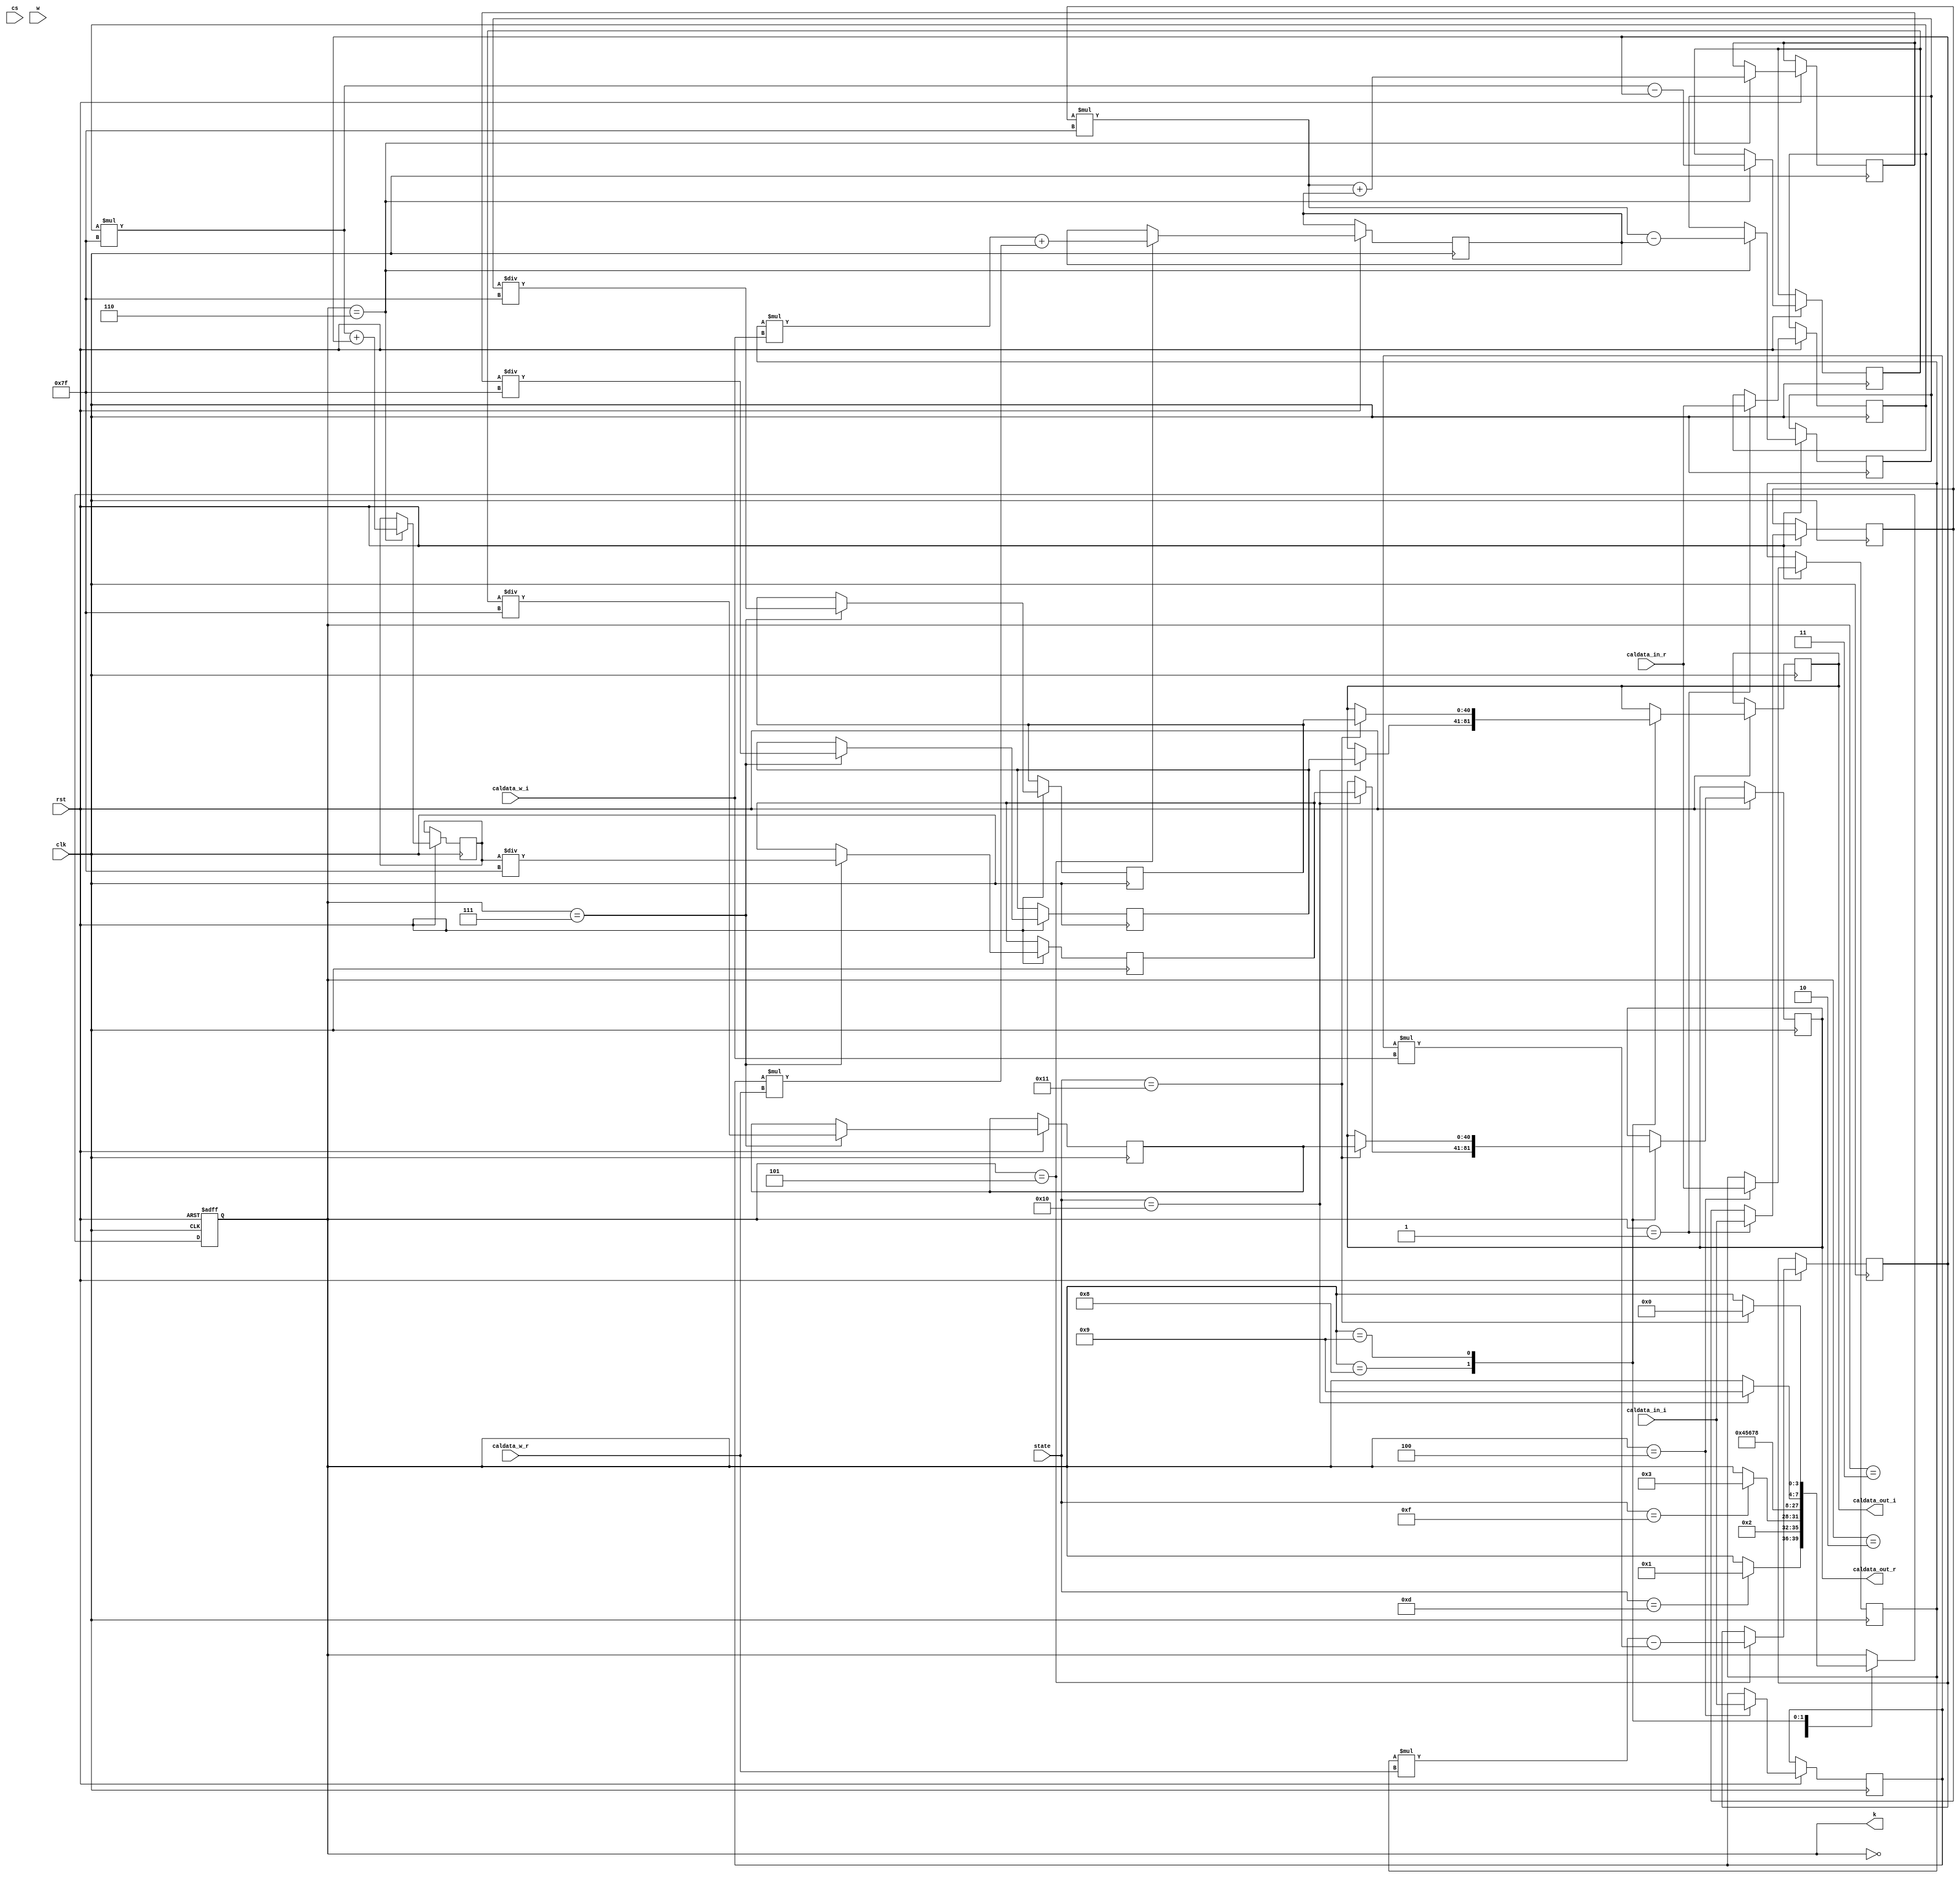
module butterfly(
clk,
rst,
k,
cs,
w,
state,
caldata_in_r,
caldata_w_r,
caldata_in_i,
caldata_w_i,
caldata_out_r,
caldata_out_i,
  );
input cs,clk,w,rst;
input [4:0]state;
input [40:0]caldata_in_r;
input [7:0]caldata_w_r;
input [40:0]caldata_in_i;
input [7:0]caldata_w_i;     
output [40:0]caldata_out_r;
output [40:0]caldata_out_i;
output [3:0]k;

wire signed [7:0]caldata_w_r;         
wire signed [7:0]caldata_w_i;
reg signed [40:0]caldata_insm_r;       
reg signed [40:0]caldata_insm_i;      
reg signed [40:0]caldata_out_r;
reg signed [40:0]caldata_out_i;
reg signed [40:0]caldata_inbi_r;      
reg signed [40:0]caldata_inbi_i;      
reg signed [40:0]cal_r;
reg signed [40:0]cal_i;
reg signed [40:0]pro_caldata_outsm_r;
reg signed [40:0]pro_caldata_outsm_i;
reg signed [40:0]pro_caldata_outbi_r;
reg signed [40:0]pro_caldata_outbi_i;
reg signed [40:0]caldata_outsm_r;
reg signed [40:0]caldata_outsm_i;
reg signed [40:0]caldata_outbi_r;
reg signed [40:0]caldata_outbi_i;
reg [3:0]k;

always@(posedge clk,negedge rst)
  if(!rst)begin
    k<=0;
  end
  else begin
    case(k)
      0:if(state==13)
        k<=1;
      1:begin
        caldata_insm_r<=caldata_in_r;
        caldata_insm_i<=caldata_in_i;
        k<=2;
      end
      2:begin
        if(state==15) 
          k<=3;
      end 
      3:
        k<=4;
      4:begin
        caldata_inbi_r<=caldata_in_r;
        caldata_inbi_i<=caldata_in_i;
        k<=5;
      end
      5:begin
        cal_r<=caldata_inbi_r*caldata_w_r-caldata_inbi_i*caldata_w_i;
        cal_i<=caldata_inbi_r*caldata_w_i+caldata_inbi_i*caldata_w_r;
        k<=6;
      end
      6:begin
        pro_caldata_outsm_r<=caldata_insm_r*127+cal_r;
        pro_caldata_outsm_i<=caldata_insm_i*127+cal_i;
        pro_caldata_outbi_r<=caldata_insm_r*127-cal_r;
        pro_caldata_outbi_i<=caldata_insm_i*127-cal_i;
        k<=7;
      end                     
      7:begin
        caldata_outsm_r<=pro_caldata_outsm_r/127;
        caldata_outsm_i<=pro_caldata_outsm_i/127;
        caldata_outbi_r<=pro_caldata_outbi_r/127;
        caldata_outbi_i<=pro_caldata_outbi_i/127;
        k<=8;
      end                     
      8:begin
        if(state==16)begin
          caldata_out_r<=caldata_outsm_r;
          caldata_out_i<=caldata_outsm_i;
          k<=9;
        end
      end
      9:begin
        if(state==17)begin
          caldata_out_r<=caldata_outbi_r; 
          caldata_out_i<=caldata_outbi_i; 
          k<=0;
        end
      end
      default:;
    endcase
  end
endmodule